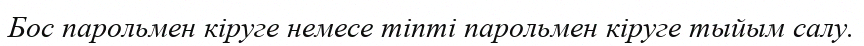
Бос парольмен кіруге немесе тіпті парольмен кіруге тыйым салу.